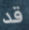
قد